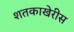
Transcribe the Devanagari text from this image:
शतकाखेरीस